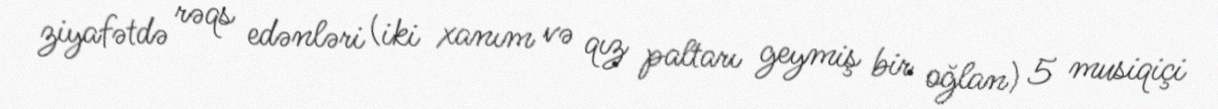
ziyafətdə rəqs edənləri (iki xanım və qız paltarı geymiş bir oğlan) 5 musiqiçi